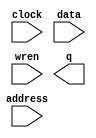
module Ram_x (
	address,
	clock,
	data,
	wren,
	q);

	input	[8:0]  address;
	input	  clock;
	input	[7:0]  data;
	input	  wren;
	output	[7:0]  q;
`ifndef ALTERA_RESERVED_QIS
// synopsys translate_off
`endif
	tri1	  clock;
`ifndef ALTERA_RESERVED_QIS
// synopsys translate_on
`endif

endmodule